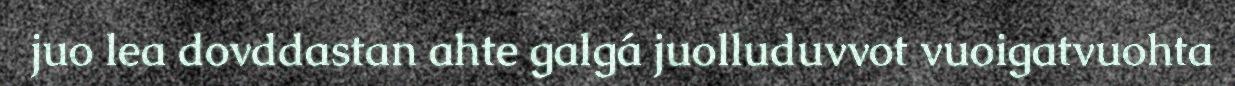
juo lea dovddastan ahte galgá juolluduvvot vuoigatvuohta